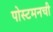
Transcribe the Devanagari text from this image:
पोस्टमनची